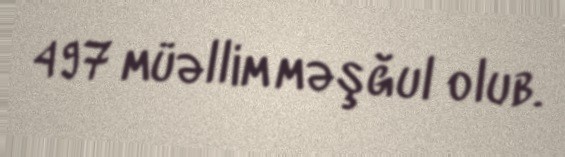
497 müəllim məşğul olub.